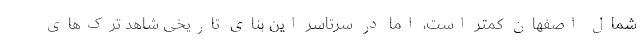
شمال اصفهان کمتر است، اما در سرتاسر این بنای تاریخی شاهد ترک‌های